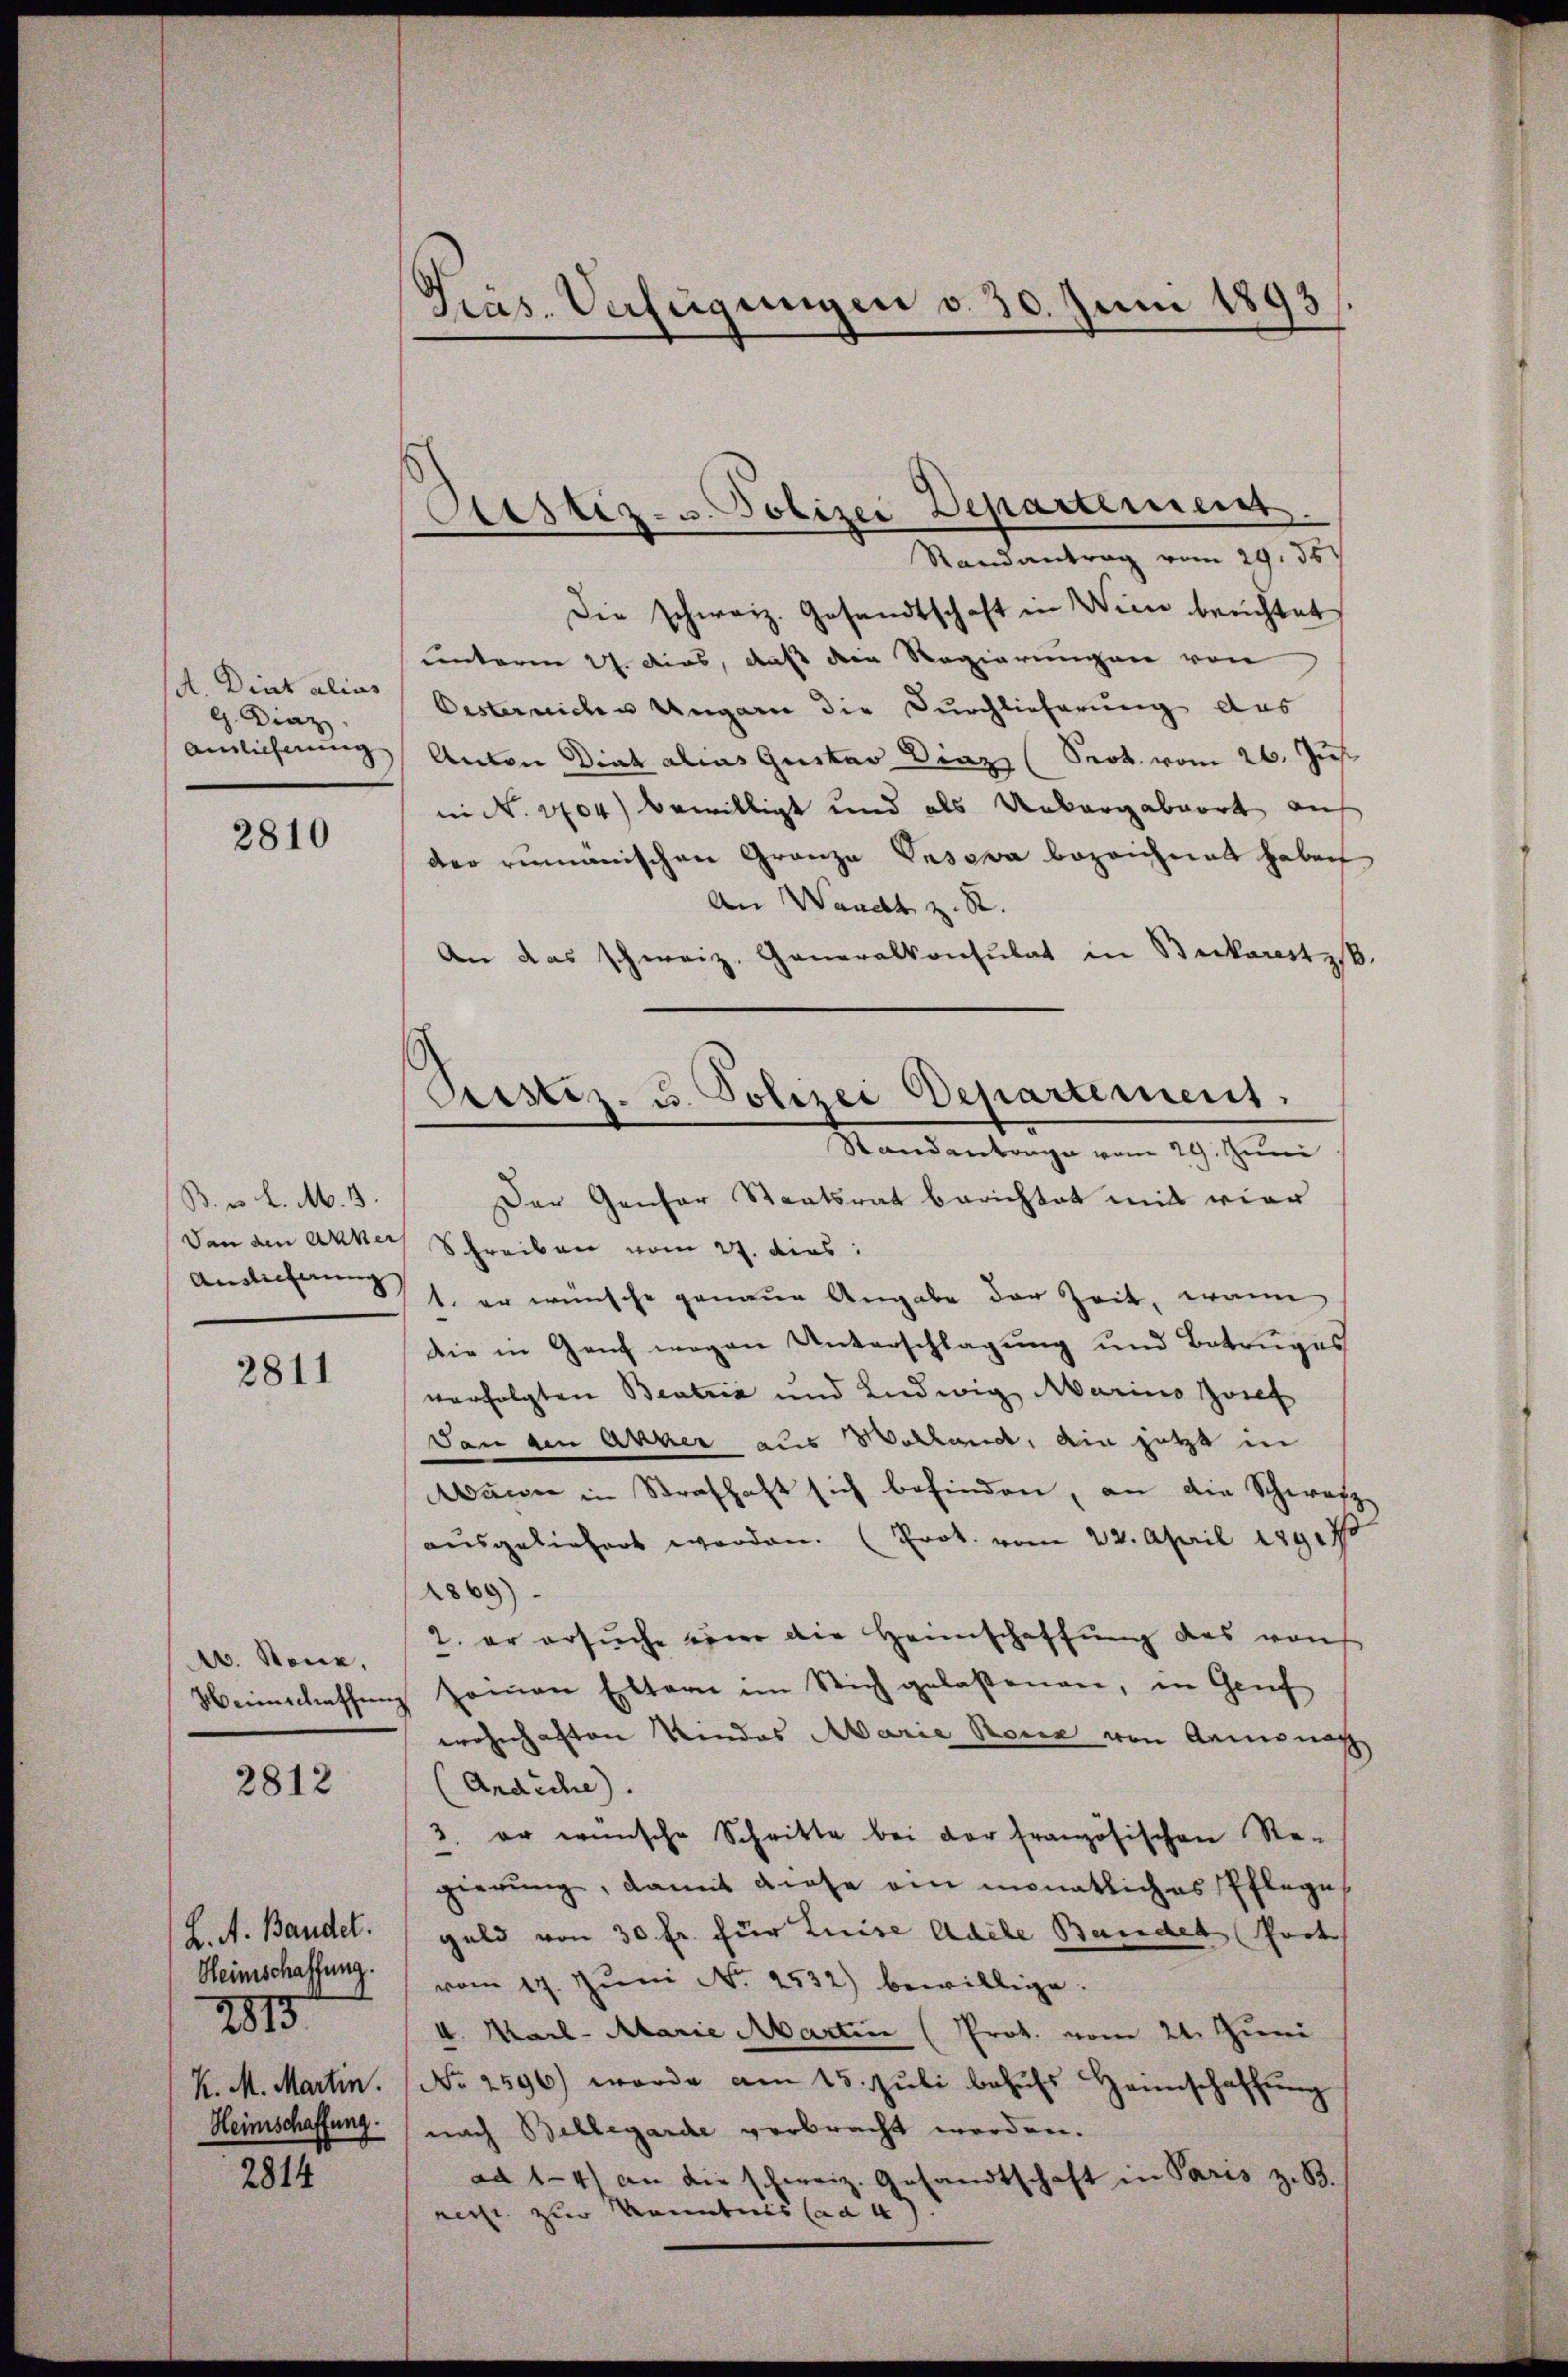
A. Dint alias
G. Diez
Ainlicherung

2810

B. v. L. M. 3.
Dan den aner
Auslieferung

2811

A. Stone,
Weinschaffung

2812

L. A. Bandel.
Heimschaffung.
K. M. Martin.
Heimschaffung.

2815.

2814

Präs. Anfügungen v. 30. Juni 1893

Austiz- u. Polizei Departement
Randantrag vom 29. 56.

Die schweiz. Gesandtschaft in Wien berichtet
unterm 27. dies, daß die Regierungen von
Oesterrichen Ungarn die Durchlieferung aus
Anton Dint alias Gustav Diaz (Prok. vom 26. Jus
in N. 1704) bewilligt und als Unbergabeort auf
der rumänischen Granze Vnsera bezeichnet haben
An Waadt z. S.
An das schweiz. Generalkonsulat in Bickarastis
Der Genfer Staatsrat berichtet mit vier
Schreiben vom 27. dies:
1. er wünsche genaue Angabe der Zeit, wann
die in Genf wegen Unterschlagung und Betruges
verfolgten Beatria und Ludwig Mario Zwief
Dan den Acker aus Volkent, ain jetzt in
Mann in Strafhaft sich befinden, an die Schwarz
ausgeliefert werden. (Prot. vom 22. April 1891 70
1869)
2. er ersuche einer die Heimschaffung des von
sonen Eltern im Stich gelaßenen, in Genf
wohnhaften Kindes Marie Reue von Aemonat
(Araiche.
2. er wünsche Schritte bei der französischen Re-
gierŭng, damit diese ein monatliches Pflege
geld von 30 Fr. für Luise Adele Bandel Port
vom 17. Jŭni No 2532) bewillige.
4. Marl- Marie Martin (Prot. vom 21. Juni
No 2596) wurde am 15. Juli behufs Heimschaffung
nach Bellegarde verbracht werden.
ad 1-4) an die schweiz. Gesandtschaft in Paris z. B.
recht zur Kenntnis (ad 4).

Pecstiz- u. Polizei Departement.
Standantrage vom 29. Juni